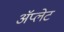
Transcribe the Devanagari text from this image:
ॲप्लेट